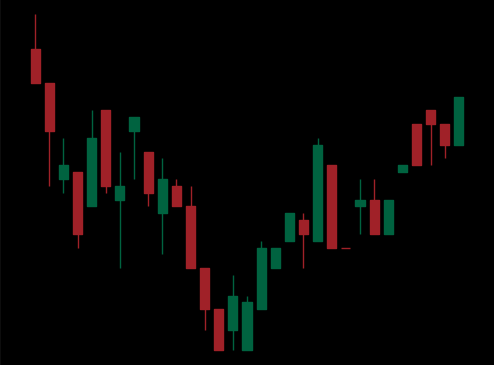
Pattern: inverse_head_shoulders